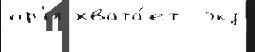
пр'и хвата́ет  экз